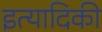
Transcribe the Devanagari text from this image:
इत्‍यादिकी